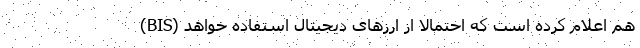
(BIS) هم اعلام کرده است که احتمالاً از ارزهای دیجیتال استفاده خواهد